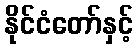
နိုင်ငံတော်နှင့်